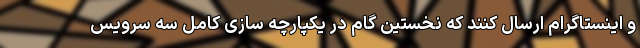
و اینستاگرام ارسال کنند که نخستین گام در یکپارچه سازی کامل سه سرویس